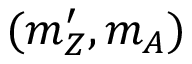
( m _ { Z } ^ { \prime } , m _ { A } )